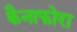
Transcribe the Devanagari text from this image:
कैनाफोरा